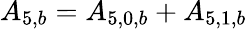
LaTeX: {A_{5,b}}={A_{5,0,b}}+{A_{5,1,b}}